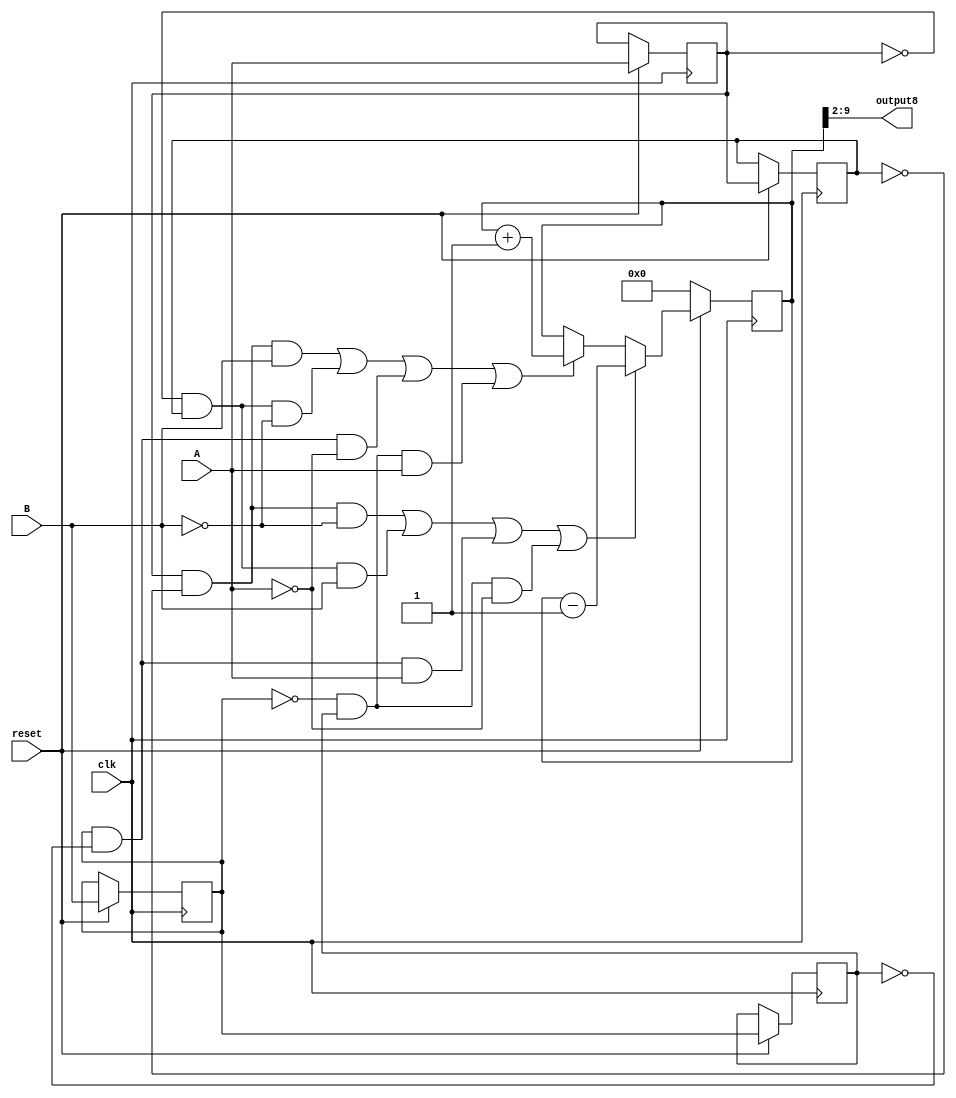
`timescale 1ns / 1ps

module Encoder(A,B,clk,reset,output8);
input clk,A,B,reset;
output[7:0]  output8;
reg[9:0] count;
reg A1,B1,A2,B2;

always@(posedge clk)
begin
	if(!reset) count<=0;
	else begin
		 A2<=A;
	    A1<=A2;
	    B2<=B;
	    B1<=B2;
	    if(( A2==1&&A1==0&&B==0)||(A2==0&&A1==1&&B==1)||(B2==1&&B1==0&&A==1)||(B2==0&&B1==1&&A==0))
	    	count<=count - 1;
		else if (( A2==1&&A1==0&&B==1)||(A2==0&&A1==1&&B==0)||(B2==1&&B1==0&&A==0)||(B2==0&&B1==1&&A==1))
			count<=count + 1;
	end    
end

assign output8=count>>2;

endmodule